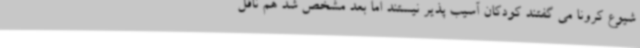
شیوع کرونا می گفتند کودکان آسیب پذیر نیستند اما بعد مشخص شد هم ناقل